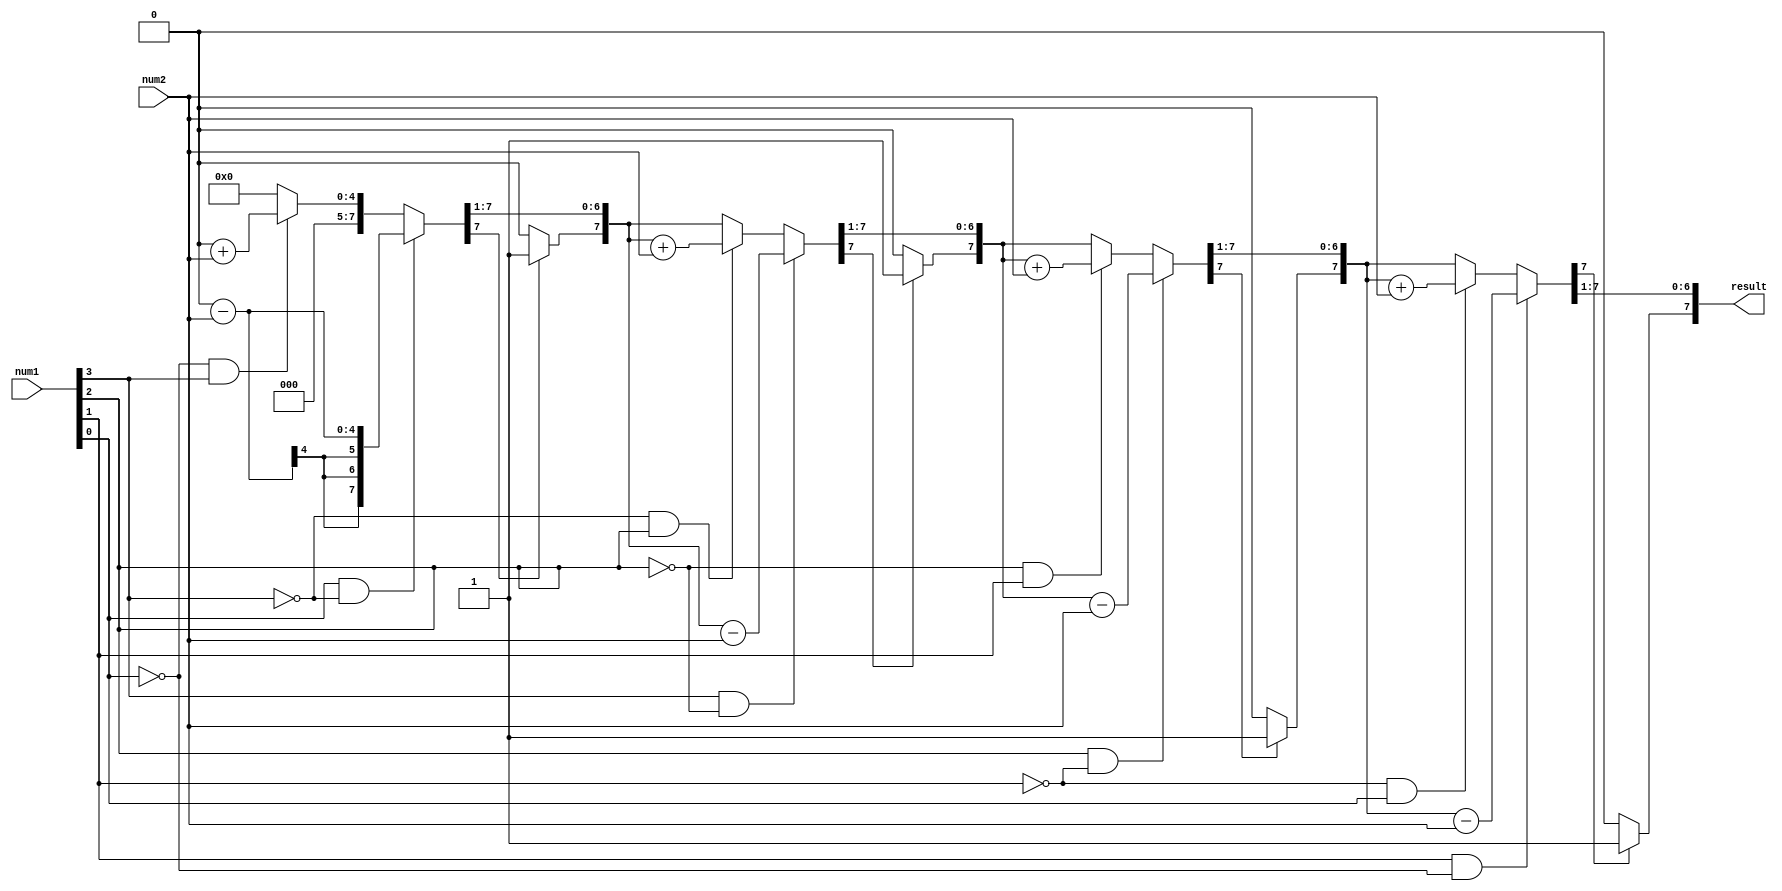
module booth_multiplier(
  input [3:0] num1,
  input [3:0] num2,
  output [7:0] result
);

  reg [7:0] product;
  reg [3:0] a;
  reg [3:0] b;
  
  always @ (num1 or num2) begin
    a = num1;
    b = num2;
    product = 0;
    
    repeat (4) begin
      if (a[0] & !a[3]) begin
        product = product - b;
      end else if (!a[0] & a[3]) begin
        product = product + b;
      end
      
      if (product[7]) begin
        product = product >> 1;
        product[7] = 1;
      end else begin
        product = product >> 1;
      end
      
      a = {a[2:0], a[3]};
    end
  end
  
  assign result = product;

endmodule